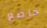
خاضع